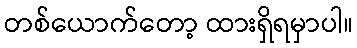
တစ်ယောက်တော့ ထားရှိရမှာပါ။